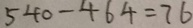
5 4 0 - 4 6 4 = 7 6